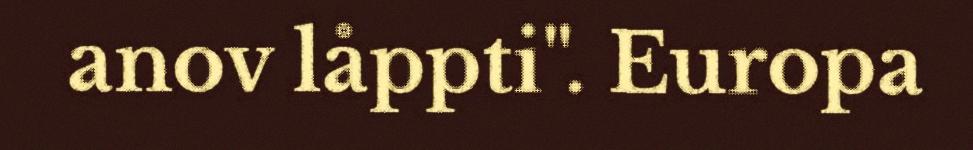
anov låppti". Europa